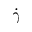
\dot { \gamma }